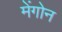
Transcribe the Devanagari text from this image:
मेंगोन